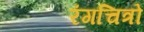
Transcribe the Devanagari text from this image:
रंगचित्रों